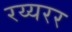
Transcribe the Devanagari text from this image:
रय्यरर